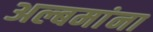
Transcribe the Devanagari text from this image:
अल्बमांना